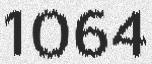
1064